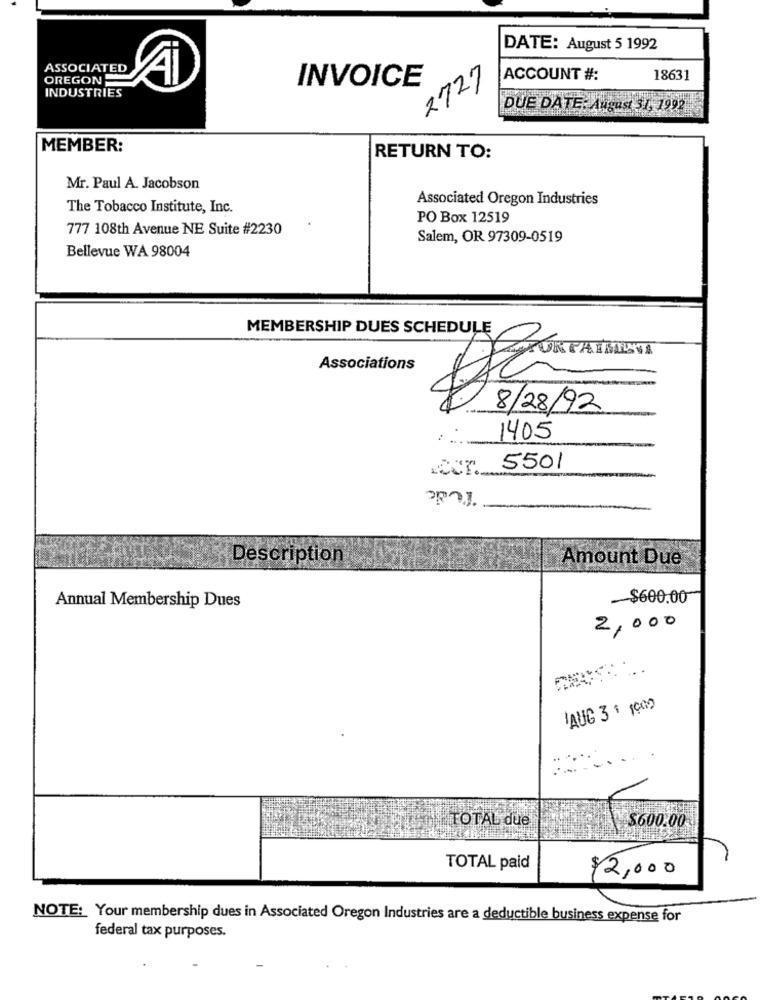
DATE: August 5 1992
ASSOCIATED
OREGON
INVOICE
2727
ACCOUNT #:
18631
INDUSTRIES
DUE DATE: August 31, 1992
MEMBER:
RETURN TO:
Mr. Paul A. Jacobson
Associated Oregon Industries
The Tobacco Institute, Inc.
PO Box 12519
777 108th Avenue NE Suite #2230
Salem, OR 97309-0519
Bellevue WA 98004
MEMBERSHIP DUES SCHEDULE
SUR FAIMENA
Associations
8/28/92
1405
5501
l'ede
Description
Amount Due
Annual Membership Dues
-$600.00
2,000
AUG 3 1000
TOTAL due
$600.00
TOTAL paid
$2,000
NOTE: Your membership dues in Associated Oregon Industries are a deductible business expense for
federal tax purposes.